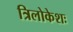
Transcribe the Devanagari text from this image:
त्रिलोकेशः